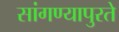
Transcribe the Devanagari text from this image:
सांगण्यापुरते